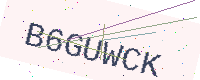
Text: B6GUWCK